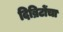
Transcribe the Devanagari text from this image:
दिब्रिटोंचा